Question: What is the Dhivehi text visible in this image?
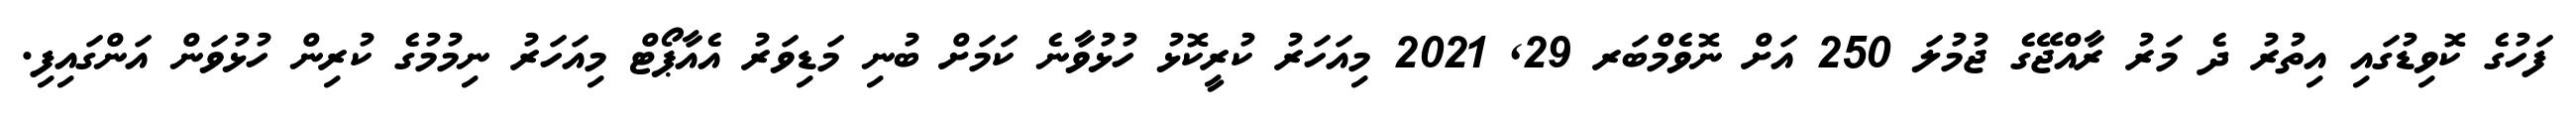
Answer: ފަހުގެ ކޮވިޑުގައި އިތުރު ދެ މަރު ރާއްޖޭގެ ޖުމުލަ 250 އަށް ނޮވެމްބަރ 29, 2021 މިއަހަރު ކުރީކޮޅު ހުޅުވާނެ ކަމަށް ބުނި މަޑިވަރު އެއާޕޯޓް މިއަހަރު ނިމުމުގެ ކުރިން ހުޅުވަން އަންގައިފި.